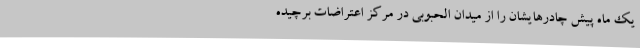
یک ماه پیش چادرهایشان را از میدان الحبوبی در مرکز اعتراضات برچیده